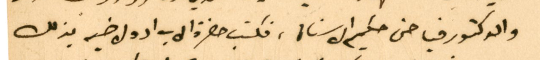
والدكتور فياض حكيم الاسنان، فكتب حضرة الاب اده لاخيه بذلك